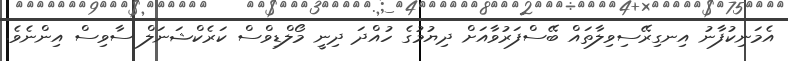
އެމަނިކުފާނު އިނގިރޭސިވިލާތައް ބޭސްފަރުވާއަށް ދިޔުމުގެ ހުއްދަ ދިނީ މޯލްޑިވްސް ކަރެކްޝަނަލް ސާވިސް އިންނެވެ.